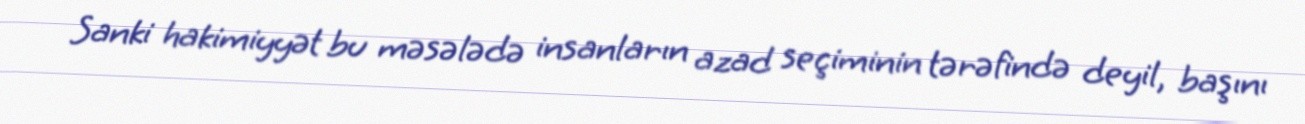
Sanki hakimiyyət bu məsələdə insanların azad seçiminin tərəfində deyil, başını